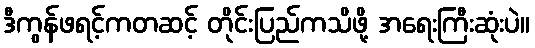
ဒီကွန်ဖရင့်ကတဆင့် တိုင်းပြည်ကသိဖို့ အရေးကြီးဆုံးပဲ။